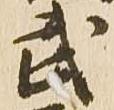
武